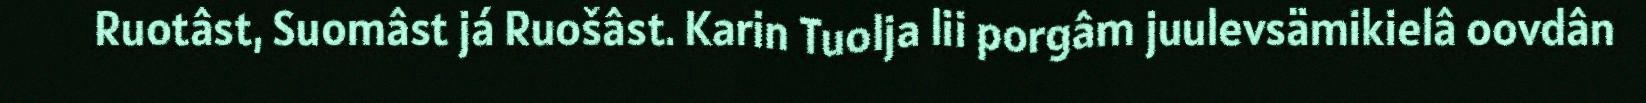
Ruotâst, Suomâst já Ruošâst. Karin Tuolja lii porgâm juulevsämikielâ oovdân